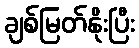
ချစ်မြတ်နိုးပြီး